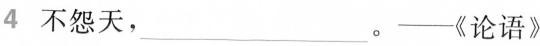
4 不怨天，___。——《论语》